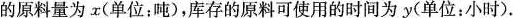
的原料量。设现在每小时消耗的原料量为x(单位；吨)，库存的原料可使用的时间为y(单位：小时)。